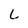
Character: L